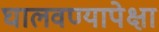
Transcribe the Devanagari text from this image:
घालवण्यापेक्षा